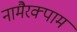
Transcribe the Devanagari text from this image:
नामैरक्पाम